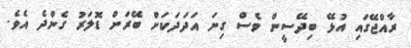
ރާއްޖޭގައި އުޅޭ ބިދޭސީން ވެސް ގިނަ އަދަދަކަށް ބޭރަށް ޑޮލަރު ގެންދެ އެވެ.